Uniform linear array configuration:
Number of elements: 8
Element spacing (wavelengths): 0.5
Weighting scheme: hamming
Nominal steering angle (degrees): -45
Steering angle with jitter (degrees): -46.952
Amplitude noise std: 0.05
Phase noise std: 0.05

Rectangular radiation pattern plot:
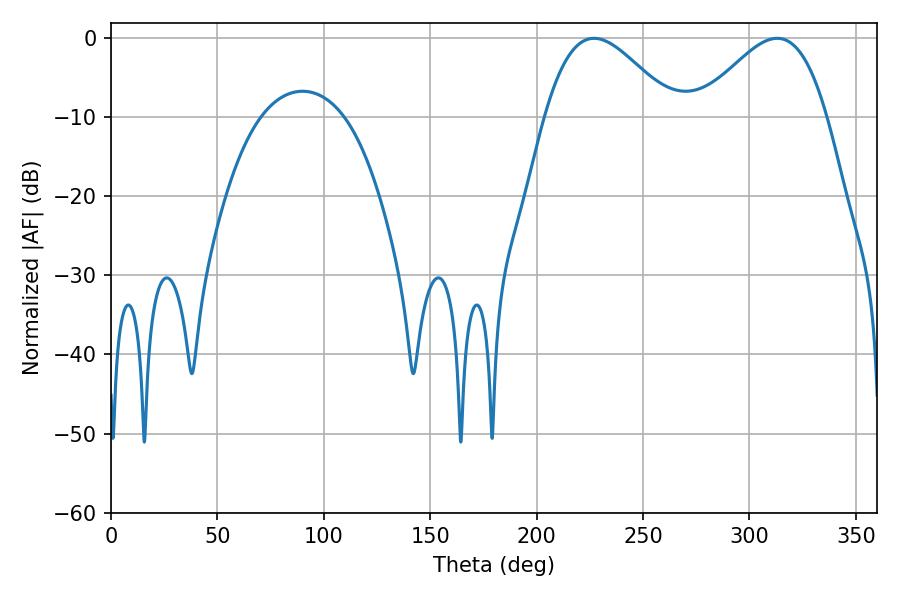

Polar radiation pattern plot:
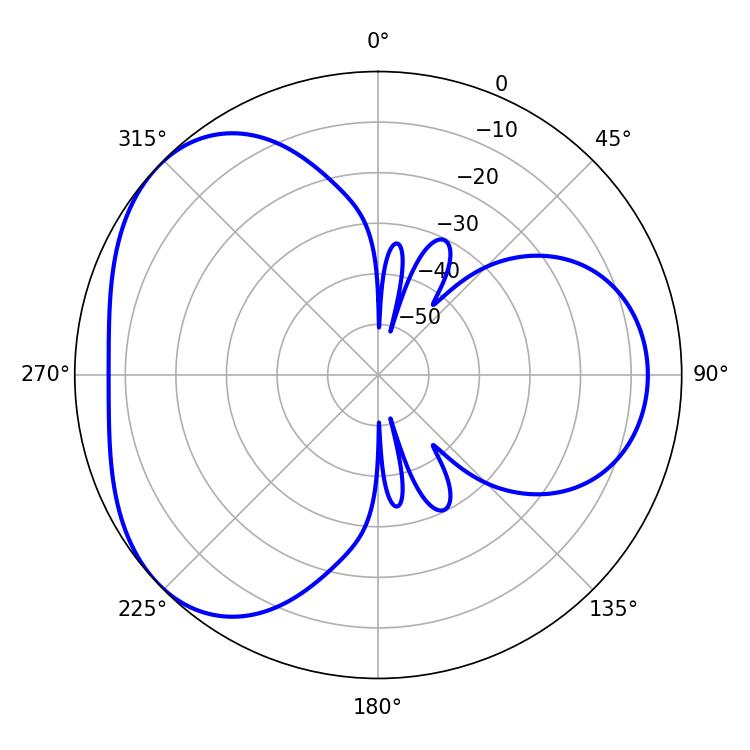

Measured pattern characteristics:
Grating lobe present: FALSE
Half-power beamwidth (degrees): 32.4
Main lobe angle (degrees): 226.98